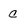
Character: c